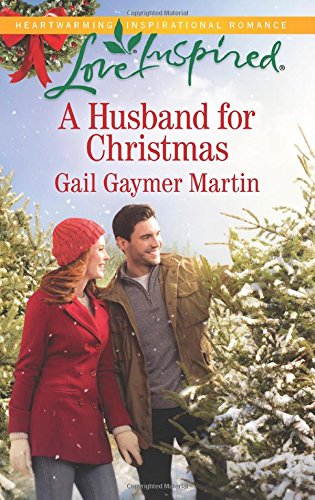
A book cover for A Husband for Christmas (Love Inspired); Gail Gaymer Martin; Romance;